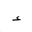
Letter: _hamza